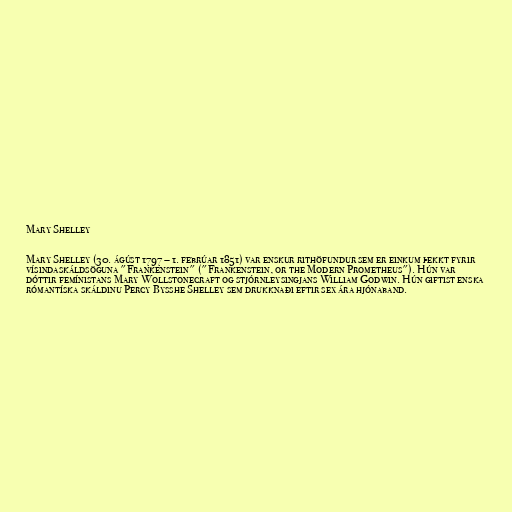
Mary Shelley

Mary Shelley (30. ágúst 1797 – 1. febrúar 1851) var enskur rithöfundur sem er einkum þekkt fyrir
vísindaskáldsöguna "Frankenstein" ("Frankenstein, or the Modern Prometheus"). Hún var
dóttir femínistans Mary Wollstonecraft og stjórnleysingjans William Godwin. Hún giftist enska
rómantíska skáldinu Percy Bysshe Shelley sem drukknaði eftir sex ára hjónaband.